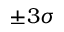
\pm 3 \sigma